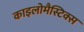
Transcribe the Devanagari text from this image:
काइलोमैस्टिक्स